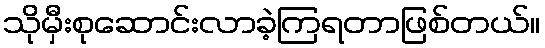
သိုမှီးစုဆောင်းလာခဲ့ကြရတာဖြစ်တယ်။